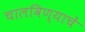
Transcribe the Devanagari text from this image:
चालविण्याचें